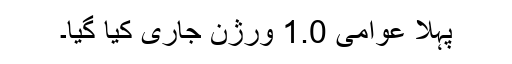
پہلا عوامی 1.0 ورژن جاری کیا گیا۔